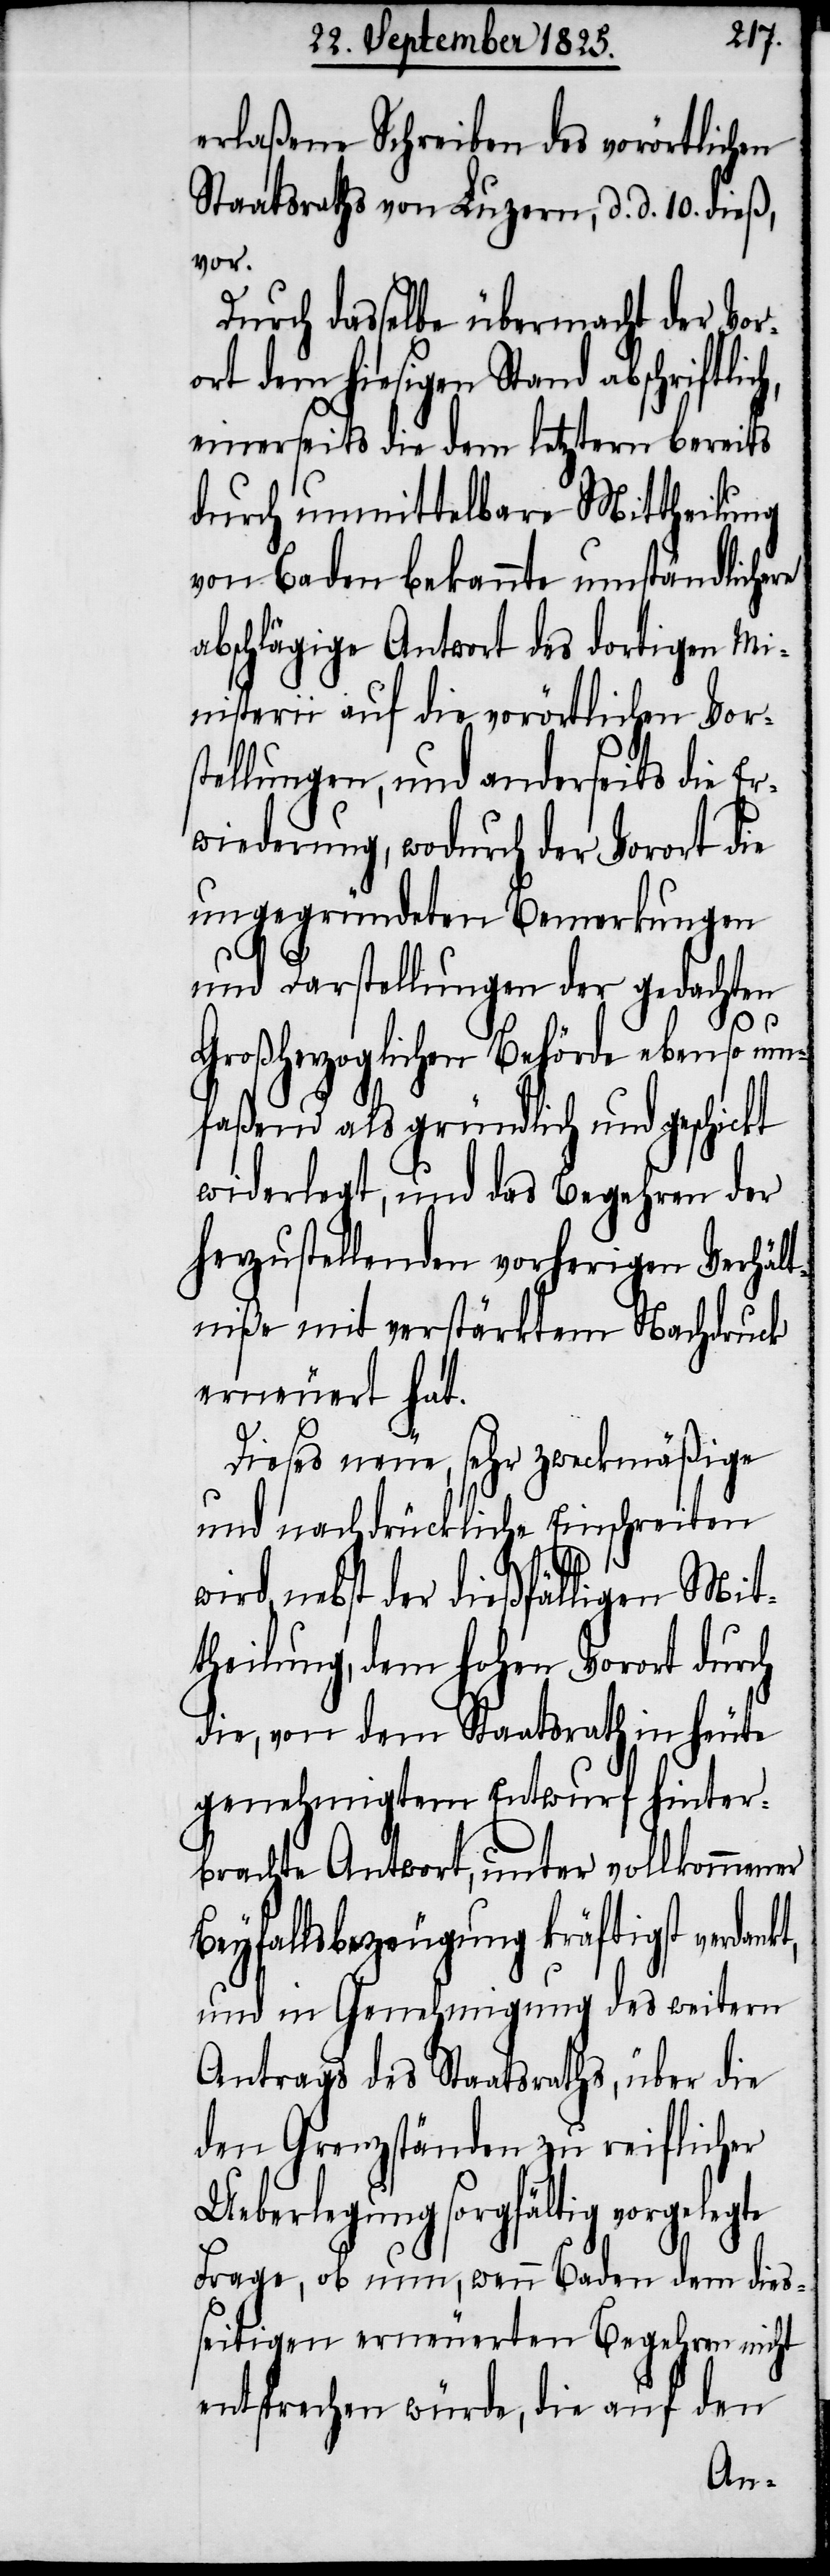
erlaßene Schreiben des vorörtlichen
Staatsraths von Luzern, d. d. 10. dieß,
vor.
Durch dasselbe übermacht der Vor¬
ort dem hiesigen Stand abschriftlic¬
einerseits die dem letztern bereits
durch unmittelbare Mittheilung
von Baden bekannte umständlichere
abschlägige Antwort des dortigen Min¬
isterii auf die vorörtliche Vors¬
tellungen, und anderseits die E¬
rwiederung, wodurch der Vorort die
ungegründeten Bemerkungen
und Darstellungen der gedachten
Großherzoglichen Behörde ebenso um¬
faßend als gründlich und gschickt
wiederlegt, und das Begehren der
herzustellenden vorherigen Verhält¬
niße mit verstärktem Nachdruck
erneuert hat.
Dieses neue, sehr zweckmäßige
und nachdrückliche Einschreiten
kt,
wird, nebst der dießfälligen Mit¬
theilung, dem hohen Vorort durch
die, von dem Staatsrath in heute
genehmigtem Entwurf hinter¬
brachte Antwort, unter vollkommener
Beyfallsbezeugung kräftigst verdan¬
und in Genehmigung des weitern
Antrags des Staatsraths, über die
den Grenzständen zu reiflicher
Ueberlegung sorgfältig vorgelegte
Frage, ob nun, wenn Baden dem dies¬
seitigen erneuerten Begehren nicht
entsprechen würde, die auf den